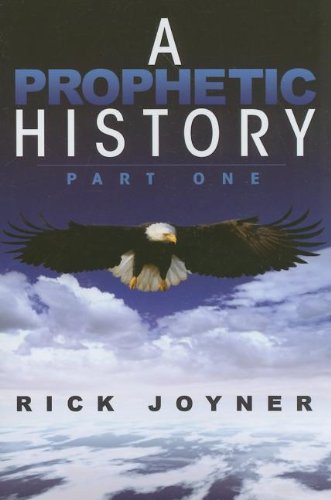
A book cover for A Prophetic History, Part 1; RICK JOYNER; Christian Books & Bibles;